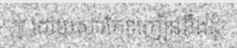
ៗ ដោយសារតែវាញៀននឹងដុំ